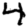
Digit: 4